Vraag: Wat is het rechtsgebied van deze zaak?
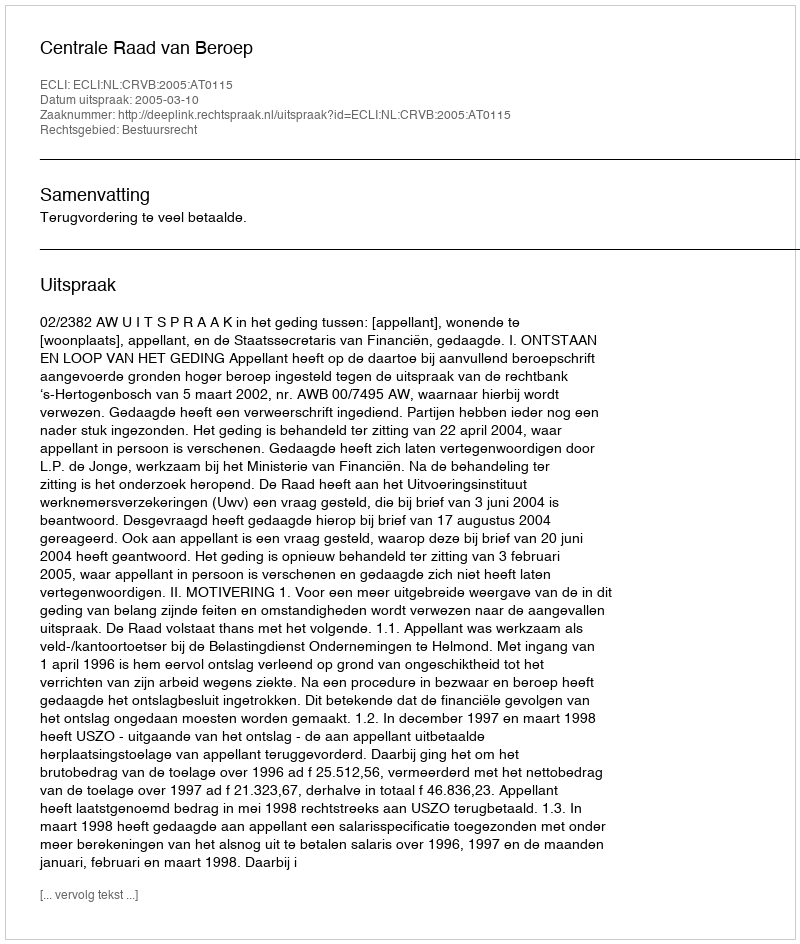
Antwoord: Bestuursrecht